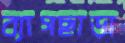
ব্যাগছাড়া